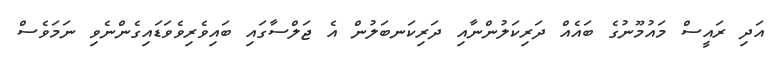
އަދި ރައީސް މައުމޫނުގެ ބައެއް ދަރިކަލުންނާއި ދަރިކަނބަލުން އެ ޖަލްސާގައި ބައިވެރިވެވަޑައިގެންނެވި ނަމަވެސް